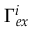
\Gamma _ { e x } ^ { i }